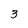
Character: 3